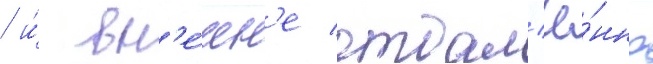
/ и́ вн'е́шн'е отдал'ё́нно